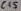
Text: C15